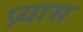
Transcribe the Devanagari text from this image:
प्र्यास